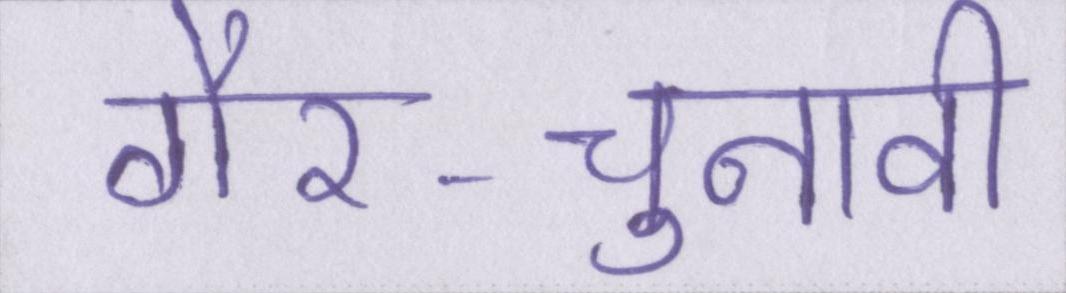
गैर-चुनावी